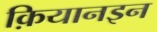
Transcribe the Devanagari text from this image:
क़ियानइन